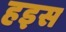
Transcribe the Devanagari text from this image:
हइस